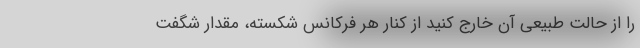
را از حالت طبیعی آن خارج کنید از کنارِ هر فرکانس شکسته، مقدار شگفت